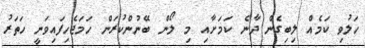
ހަލުވި ކަމެއް ލިބިގެން ދާނެ ކަމަށާއި މި ލޯން ބޭނުންކުރަން ހަމަޖެހިފައިވަނީ ހަތަރު